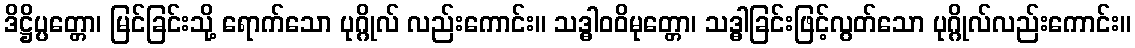
ဒိဋ္ဌိပ္ပတ္တော၊ မြင်ခြင်းသို့ ရောက်သော ပုဂ္ဂိုလ် လည်းကောင်း။ သဒ္ဓါဝဝိမုတ္တော၊ သဒ္ဓါခြင်းဖြင့်လွတ်သော ပုဂ္ဂိုလ်လည်းကောင်း။